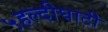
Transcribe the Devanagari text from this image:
५हल्दीघाटी